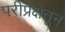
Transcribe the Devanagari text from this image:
परीप्रेक्षेतून